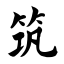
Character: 筑